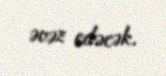
əvəz edəcək.